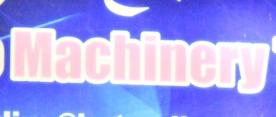
machinery